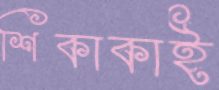
শিকাকাই